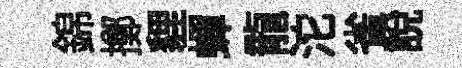
錦擲貍蟬龍沱雀說